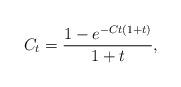
LaTeX: \begin{align*}C_t = \frac{1 - e^{-Ct(1 + t)}}{1 + t},\end{align*}